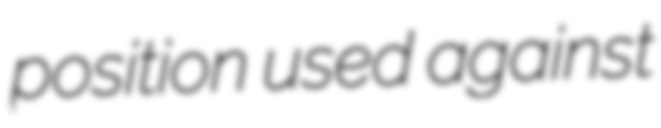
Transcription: position used against